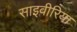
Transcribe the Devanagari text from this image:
साइवीरिया